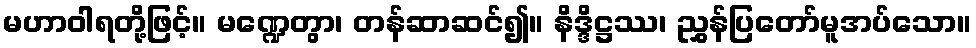
မဟာဝါရတို့ဖြင့်။ မဏ္ဍေတွာ၊ တန်ဆာဆင်၍။ နိဒ္ဒိဋ္ဌဿ၊ ညွှန်ပြတော်မူအပ်သော။